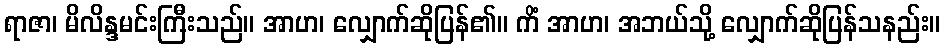
ရာဇာ၊ မိလိန္ဒမင်းကြီးသည်။ အာဟ၊ လျှောက်ဆိုပြန်၏။ ကိံ အာဟ၊ အဘယ်သို့ လျှောက်ဆိုပြန်သနည်း။